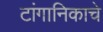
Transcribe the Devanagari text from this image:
टांगानिकाचे